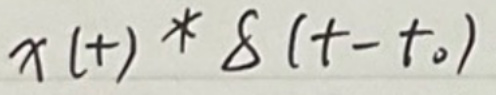
$x(t) * \delta(t - t_0)$